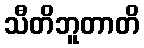
သီတိဘူတာတိ